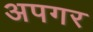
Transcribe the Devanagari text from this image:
अपगर